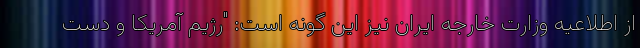
از اطلاعیه وزارت خارجه ایران نیز این گونه است: "رژیم آمریکا و دست